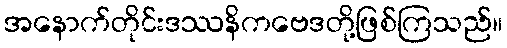
အနောက်တိုင်းဒဿနိကဗေဒတို့ဖြစ်ကြသည်။